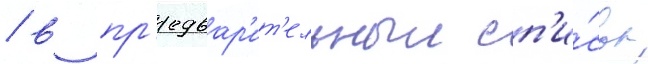
/ в пр'едвар'ит'ельныи сп'и́сок